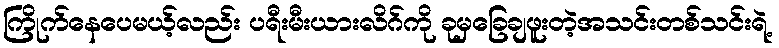
ကြိုက်နေပေမယ့်လည်း ပရီးမီးယားလိဂ်ကို ခုမှခြေချဖူးတဲ့အသင်းတစ်သင်းရဲ့